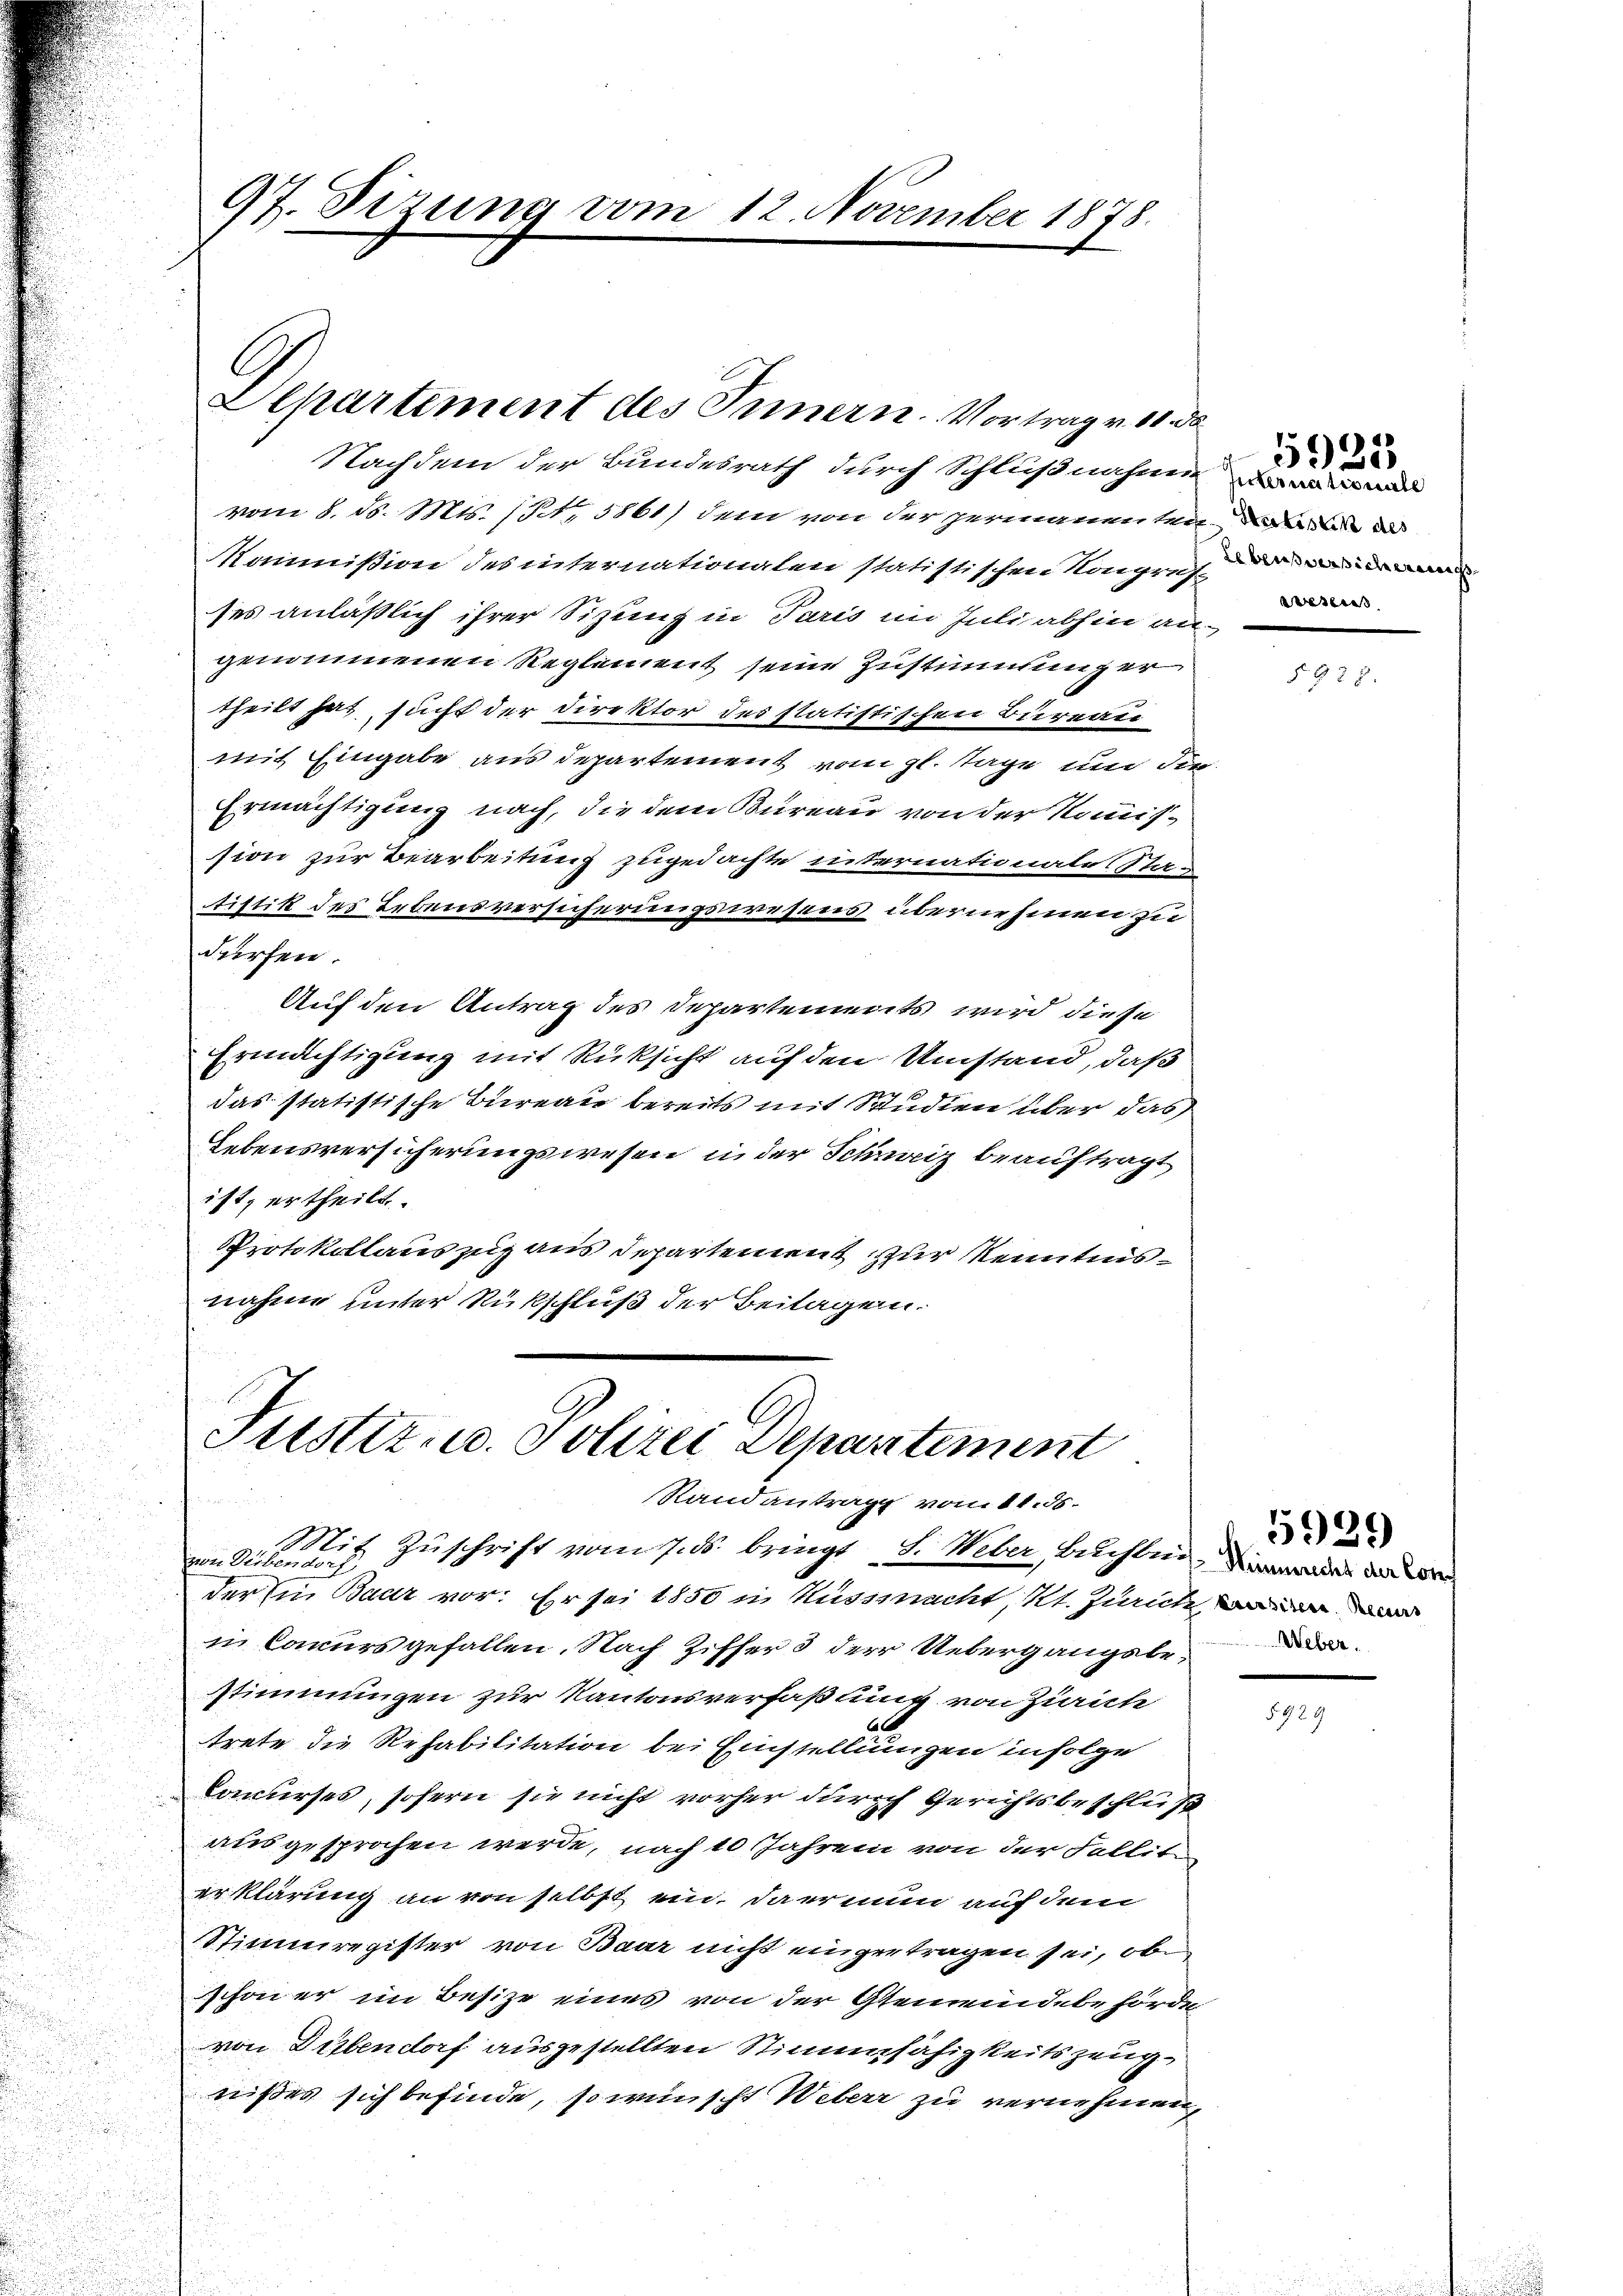
97. dirung vom 12. November 1878.

C
Departement des Innern. Vortrag v. 11. 30

Nachdem der Bundesrath durch Schlußnahme in und
vom 8. d. Mts. (S. 5861) dem von der permanenten da
Kommißion des internationalen statistischen Kongref der
ses anläßlich ihrer Sizung in Paris im Inti abhin an-
genommenen Reglement seine Zustimmunger
theilt hat sucht der Direktor des statistischen Bureau
mit Eingabe aus departement vom gl. Tage und die
Ermächtigung nach, die dem Bureau von der Kommission zur Bearbeitung zugedachte internationale Stan
tistik des Lebensversicherungswesens übernehmen zu
dürfen.
Auf den Antrag des Departements wird diese
Ermächtigung mit Rüksicht auf den Umstand, daß
das statistische Bureau bereits mit Studien über das
Lebensversicherungswesen in der Schreiz beauftragt
ist, ertheilt.
Protokollauszug aus Departement zur Kenntnisnahme unter Rückschluß der Beitagen.

Justiz- u. Polizei Departement
n 15. Jahr 12
Randantrag vom 11. 36.

Mit Zuschrift vom 7. ds. bringt S. Weber, Buchbar, die de
von Beiben.
d
der Ein Baar vor. Er sei 1850 in Hussmacht, Kt. Zürich war wir
in Concursgefallen. Nach Ziffer 3 der Uebergangsbestimmungen zur Kantonsverfaßung von Zürich
trete die Rehabilitation bei Einstellungen infolge
Concurses, sofern sie nicht vorher durch Gerichtsbeschluß
ausgesprochen werde, nach 10 Jahren von der Fallit
erklärung an von selbst ein, da er nun auf dem
Stimmregister von Baar nicht eingertragen sei, ob
schon er im Besize eines von der Gemeindebehörde
von Dübendorf ausgestellten Stimmfähigkeitszeugnißes sich befinde, so wünscht Weberr zu vernehmen,

wesen

)
e

Weber.

5929